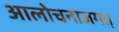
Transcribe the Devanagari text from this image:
आलोचनाजगत्